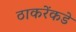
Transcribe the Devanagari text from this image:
ठाकरेंकडे